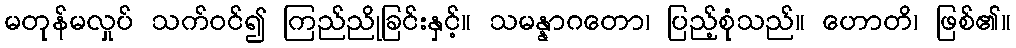
မတုန်မလှုပ် သက်ဝင်၍ ကြည်ညိုခြင်းနှင့်။ သမန္နာဂတော၊ ပြည့်စုံသည်။ ဟောတိ၊ ဖြစ်၏။